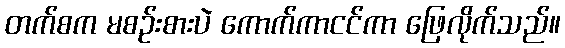
တက်စက မစဉ်းစားပဲ ကောက်ကာငင်ကာ ဖြေလိုက်သည်။